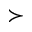
\succ